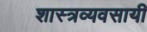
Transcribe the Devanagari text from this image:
शास्त्रव्यवसायी